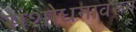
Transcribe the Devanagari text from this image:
संशोधनावरून